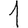
Digit: 1